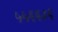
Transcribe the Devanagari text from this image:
५५६६३६